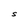
Character: S